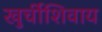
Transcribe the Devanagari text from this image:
खुर्चीशिवाय